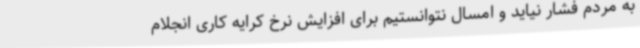
به مردم فشار نیاید و امسال نتوانستیم برای افزایش نرخ کرایه کاری انجلام